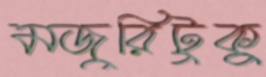
মজুরিটুকু